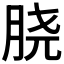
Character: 𰮝